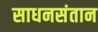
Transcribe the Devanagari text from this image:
साधनसंतान